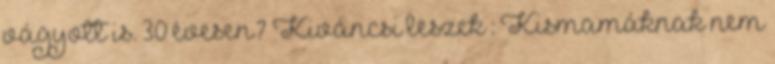
vágyott is. 30 évesen? Kiváncsi leszek : Kismamáknak nem